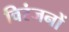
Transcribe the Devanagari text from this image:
विरंजनों